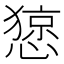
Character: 𢠃